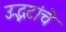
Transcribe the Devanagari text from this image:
उद्भटांचे